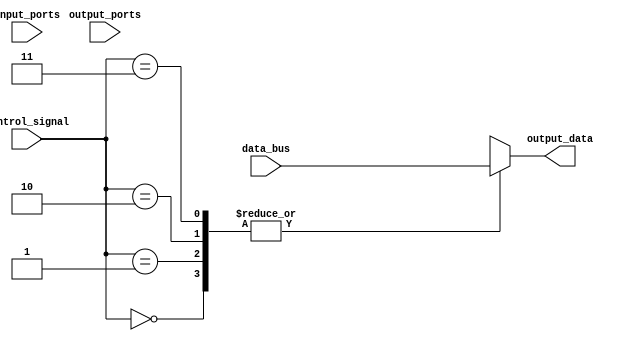
module bus_switch (
    input [3:0] input_ports,  // 4 input ports
    input [3:0] output_ports,  // 4 output ports
    input [7:0] data_bus,  // 8-bit data bus
    input [1:0] control_signal,  // Control signal for selecting input/output ports
    output reg [7:0] output_data  // Output data from selected output port
);

always @(*) begin
    case (control_signal)
        2'b00: output_data = data_bus;  // Connect input port 0 to output port 0
        2'b01: output_data = data_bus;  // Connect input port 1 to output port 1
        2'b10: output_data = data_bus;  // Connect input port 2 to output port 2
        2'b11: output_data = data_bus;  // Connect input port 3 to output port 3
    endcase
end

endmodule